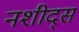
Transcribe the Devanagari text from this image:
नशीद्स